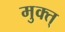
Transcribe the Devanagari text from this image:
मुक्त्